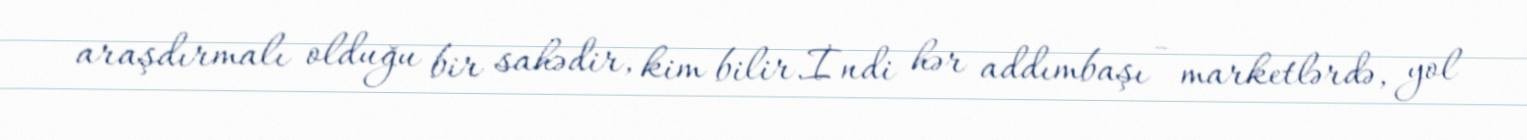
araşdırmalı olduğu bir sahədir, kim bilir.İndi hər addımbaşı - marketlərdə, yol